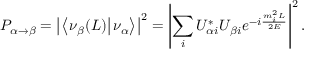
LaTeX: P _ { \alpha \rightarrow \beta } = \left| \left\langle \left. \nu _ { \beta } ( L ) \right| \nu _ { \alpha } \right\rangle \right| ^ { 2 } = \left| \sum _ { i } U _ { \alpha i } ^ { * } U _ { \beta i } e ^ { - i { \frac { m _ { i } ^ { 2 } L } { 2 E } } } \right| ^ { 2 } .